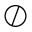
\oslash